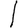
Digit: 1